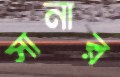
সানার